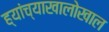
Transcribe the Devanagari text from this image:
ह्यांच्याखालोखाल